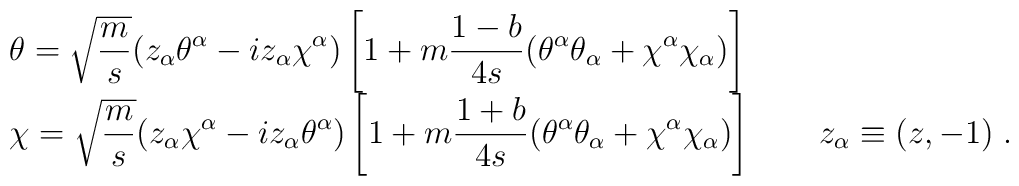
\begin{array}{l} \displaystyle\theta=\sqrt\frac{m}{s}(z_\alpha\theta^\alpha-iz_\alpha\chi^\alpha)\left[1+m\frac{1-b}{4s}(\theta^\alpha\theta_\alpha+\chi^\alpha\chi_\alpha)\right]\\ \displaystyle\chi=\sqrt\frac{m}{s}(z_\alpha\chi^\alpha-iz_\alpha\theta^\alpha)\left[1+m\frac{1+b}{4s}(\theta^\alpha\theta_\alpha+\chi^\alpha\chi_\alpha)\right]\qquad z_\alpha\equiv(z,-1)\;.\end{array}